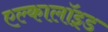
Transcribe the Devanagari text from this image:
एल्कालॉइड